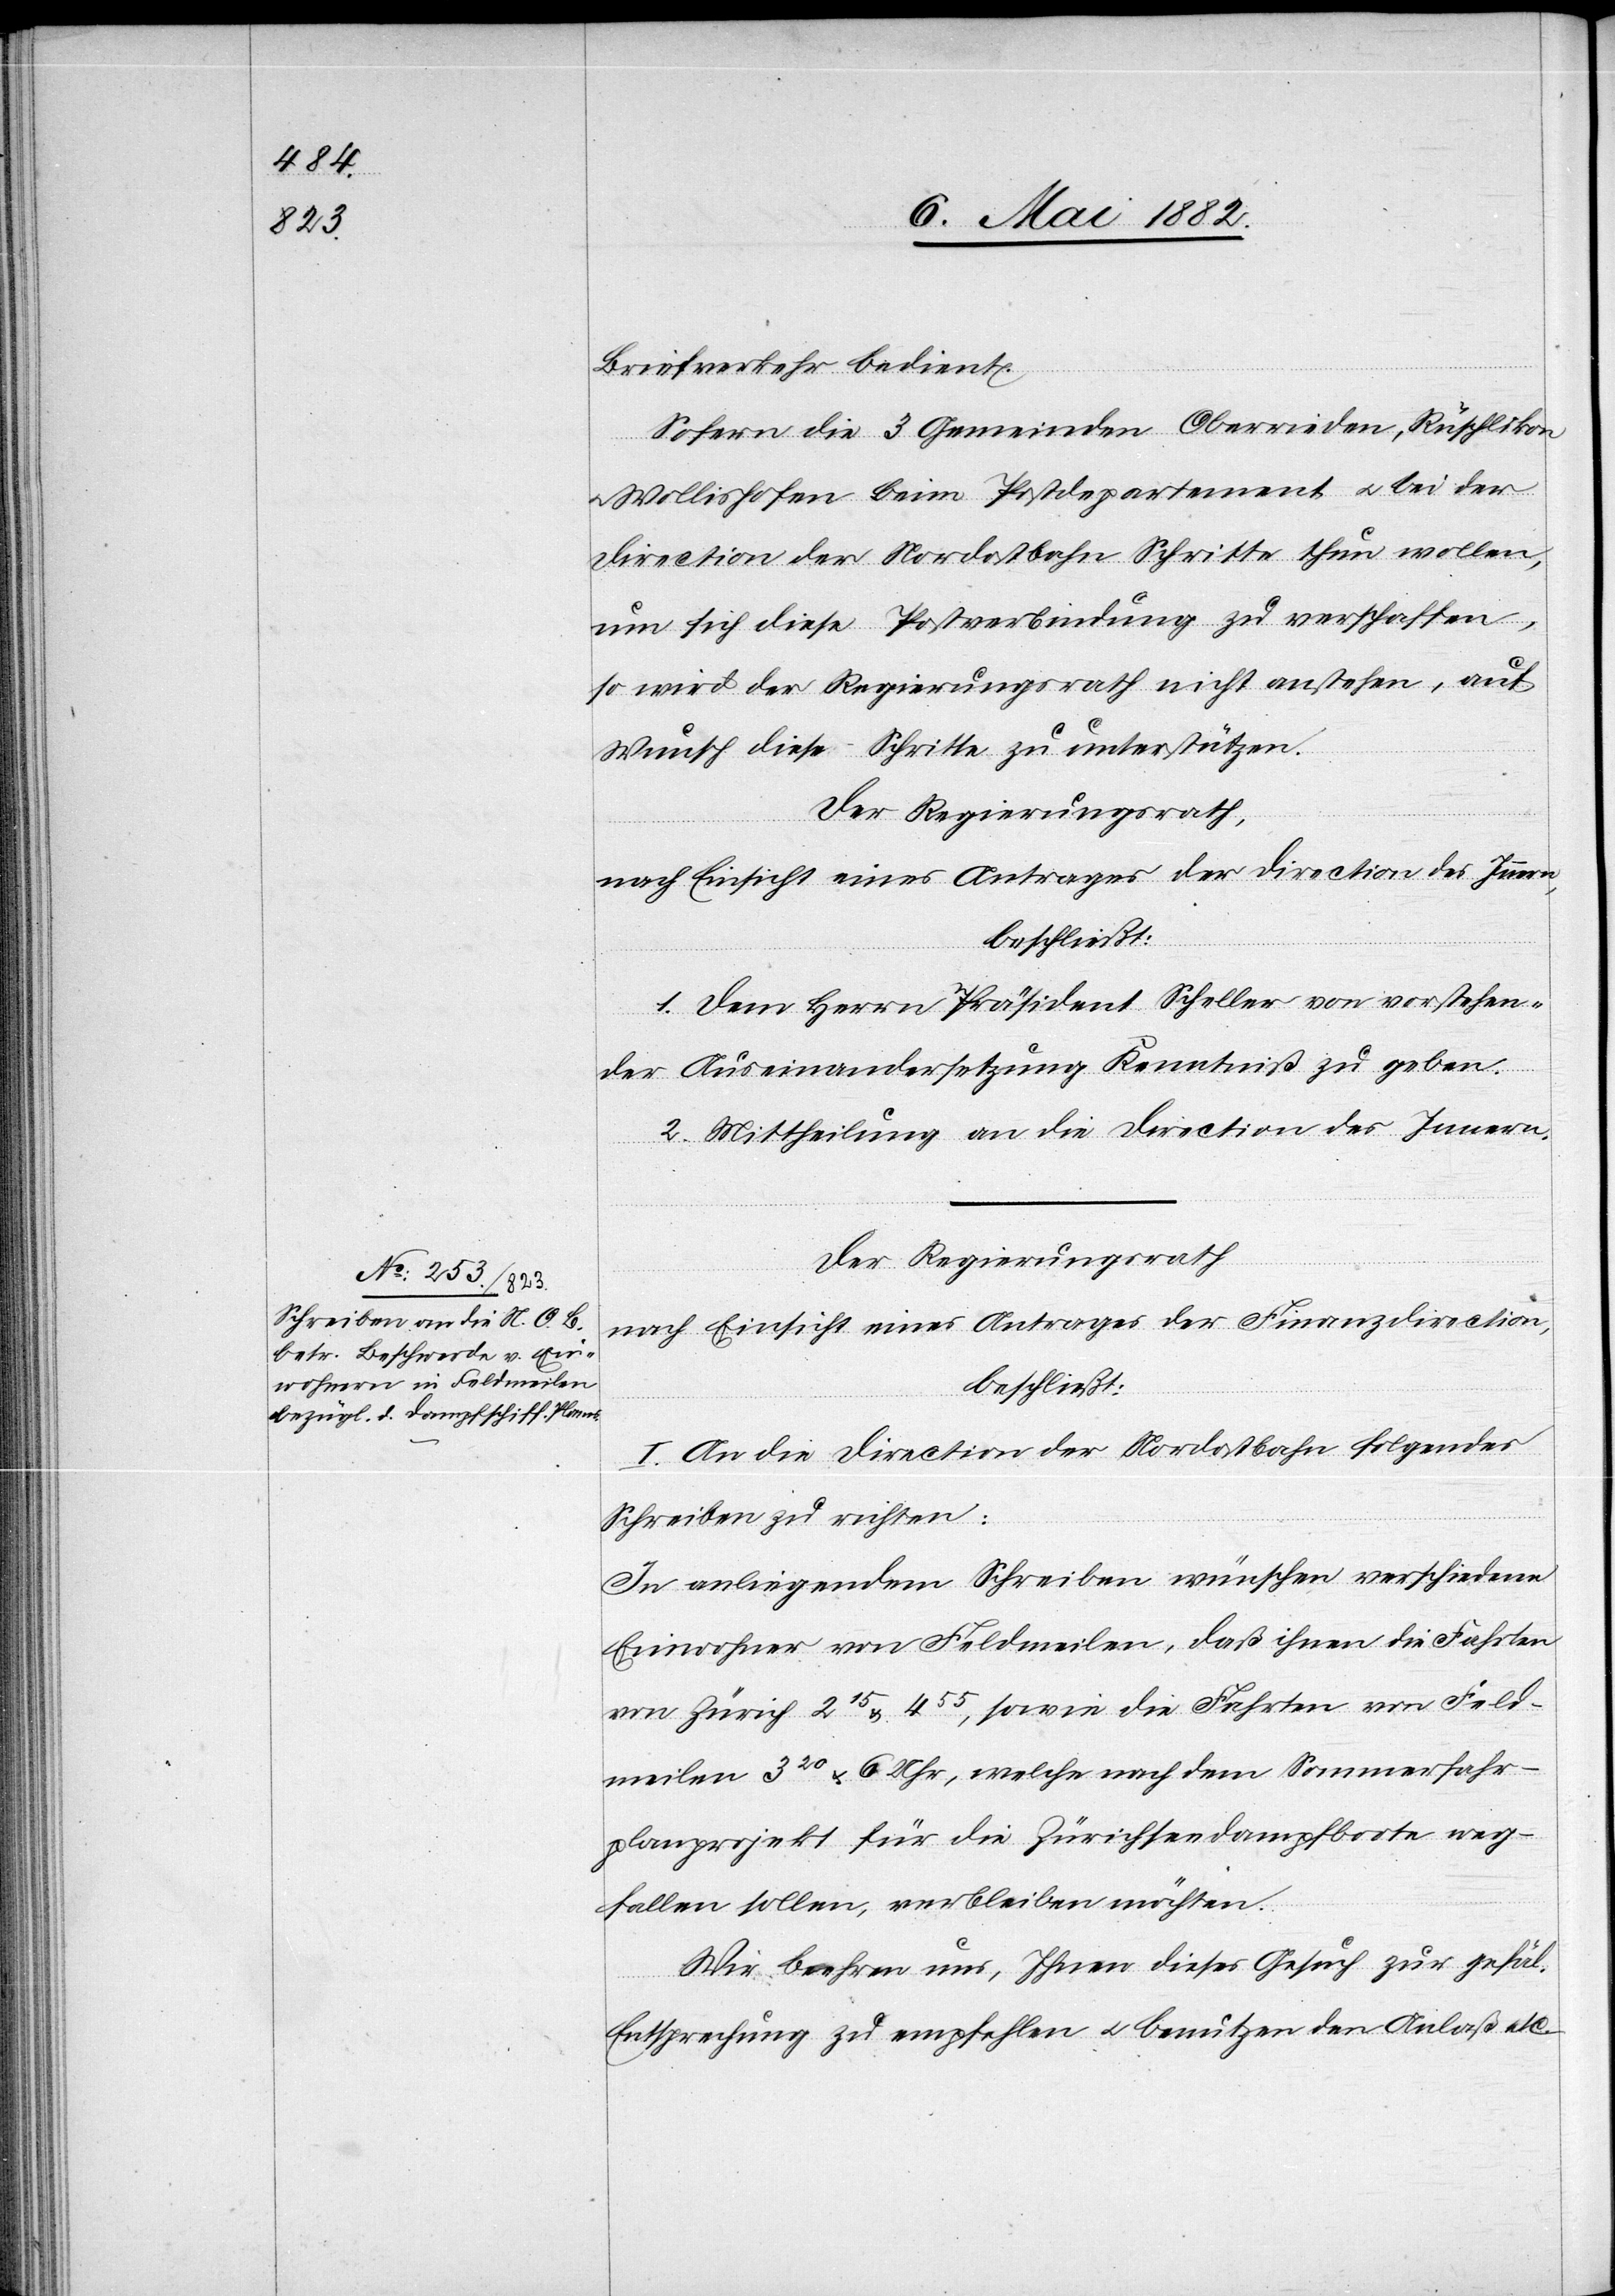
Briefverkehr bedient.
Sofern die 3 Gemeinden Oberrieden, Rüschlikon
Wollishofen beim Postdepartement u. bei der
Direction der Nordostbahn Schritte thun wollen,
um sich diese Postverbindung zu verschaffen,
so wird der Regierungsrath nicht anstehen, auf
Wunsch diese Schritte zu unterstützen.
Der Regierungsrath,
nach Einsicht eines Antrages der Direction des Innern,
beschließt:
1. Dem Herrn Präsident Scheller von vorstehen¬
der Auseinandersetzung Kenntniß zu geben.
2. Mittheilung an die Direction des Innern.
Der Regierungsrath,
nach Einsicht eines Antrages der Finanzdirection,
beschließt:
I. An die Direction der Nordostbahn folgendes
Schreiben zu richten:
In anliegendem Schreiben wünschen verschiedene
Einwohner von Feldmeilen, daß ihnen die Fahrten
von Zürich 215 & 455, sowie die Fahrten von Feld¬
meilen 320& 6 Uhr, welche nach dem Sommerfahr¬
planprojekt für die Zürichseedampfboote weg¬
fallen sollen, verbleiben möchten.
Wir beehren uns, Ihnen dieses Gesuch zur gefäl.
Entsprechung zu empfehlen u. benutzen den Anlaß etc.